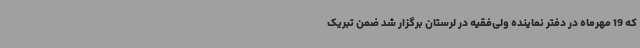
که 19 مهرماه در دفتر نماینده ولی‌فقیه در لرستان برگزار شد ضمن تبریک